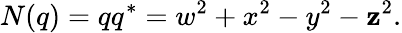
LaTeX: N(q)=qq^{*}=w^{2}+x^{2}-y^{2}-\mathbf{z}^{2}.